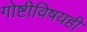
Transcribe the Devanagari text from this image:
गोष्टीविषयही